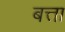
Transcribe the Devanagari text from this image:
बत्ता